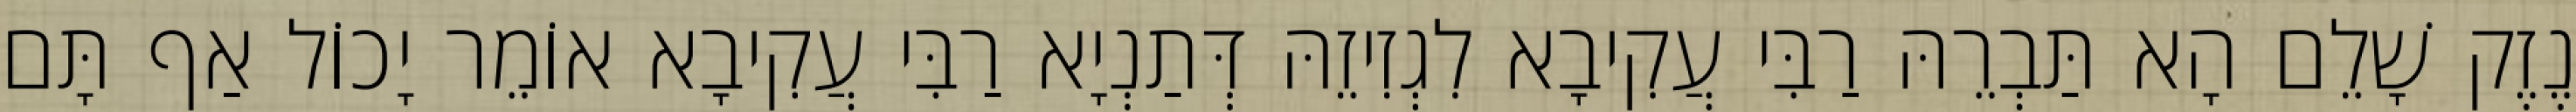
נֶזֶק שָׁלֵם הָא תַּבְרֵהּ רַבִּי עֲקִיבָא לִגְזִיזֵהּ דְּתַנְיָא רַבִּי עֲקִיבָא אוֹמֵר יָכוֹל אַף תָּם